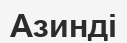
Азинді